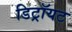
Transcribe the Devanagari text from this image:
डिट्रॉयट